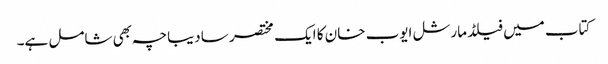
کتاب میں فیلڈ مارشل ایوب خان کا ایک مختصر سا دیباچہ بھی شامل ہے۔